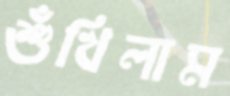
শুঁখিলাম